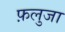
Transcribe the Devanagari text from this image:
फ़लुजा